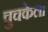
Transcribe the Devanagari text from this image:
चुचकेला